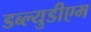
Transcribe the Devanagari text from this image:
डब्ल्युडीएम